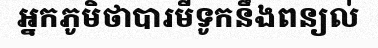
អ្នកភូមិថាបារមីទូកនឹងពន្យល់